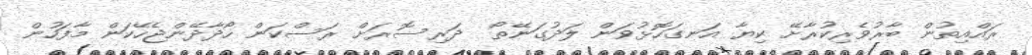
ރައްއިތުން ބާރުވެރިކުރާށޭ ކިޔާ އަނގަހޮޅުވަން ލަދުގަނޭތޯ  ދަރިސޮރަށް ރަސްކަން ހޯދާދޭންޖެހޭކަން މާފަހުން